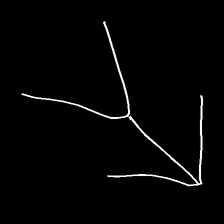
Glyph: gather